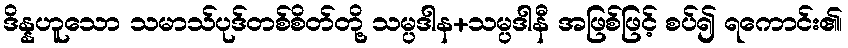
ဒိန္နဟူသော သမာသ်ပုဒ်တစ်စိတ်တို့ သမ္ပဒါန+သမ္ပဒါနီ အဖြစ်ဖြင့် စပ်၍ ရကောင်း၏၊